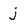
Character: j